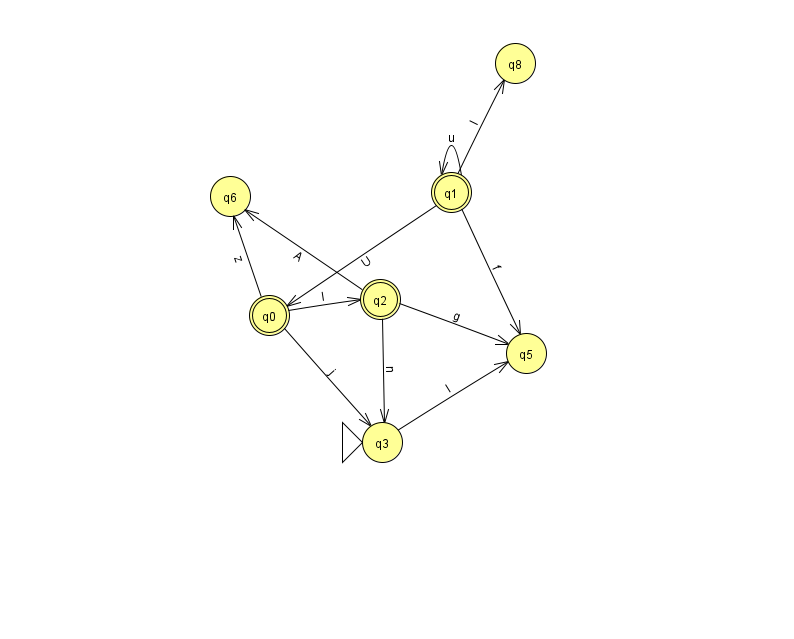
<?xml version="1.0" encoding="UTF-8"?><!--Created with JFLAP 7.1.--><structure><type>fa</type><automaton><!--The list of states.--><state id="0" name="q0"><x>269.0</x><y>302.0</y><final/></state><state id="1" name="q1"><x>451.0</x><y>179.0</y><final/></state><state id="2" name="q2"><x>380.0</x><y>286.0</y><final/></state><state id="3" name="q3"><x>382.0</x><y>429.0</y><initial/></state><state id="5" name="q5"><x>526.0</x><y>340.0</y></state><state id="6" name="q6"><x>230.0</x><y>183.0</y></state><state id="8" name="q8"><x>515.0</x><y>50.0</y></state><!--The list of transitions.--><transition><from>1</from><to>0</to><read>U</read></transition><transition><from>1</from><to>5</to><read>f</read></transition><transition><from>0</from><to>6</to><read>z</read></transition><transition><from>1</from><to>1</to><read>u</read></transition><transition><from>2</from><to>5</to><read>g</read></transition><transition><from>0</from><to>3</to><read>j</read></transition><transition><from>2</from><to>6</to><read>A</read></transition><transition><from>1</from><to>8</to><read>I</read></transition><transition><from>2</from><to>3</to><read>n</read></transition><transition><from>3</from><to>5</to><read>l</read></transition><transition><from>0</from><to>2</to><read>l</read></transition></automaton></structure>